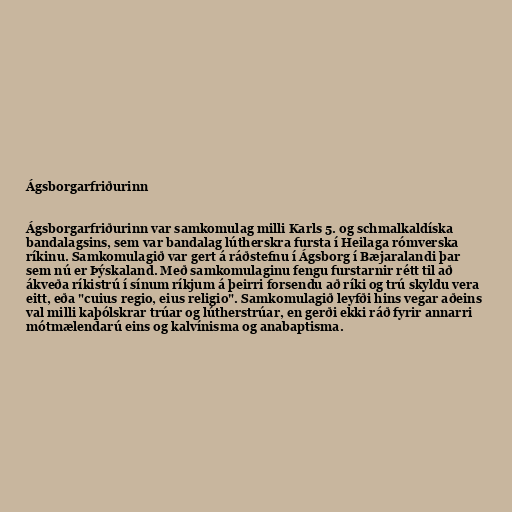
Ágsborgarfriðurinn

Ágsborgarfriðurinn var samkomulag milli Karls 5. og schmalkaldíska
bandalagsins, sem var bandalag lútherskra fursta í Heilaga rómverska
ríkinu. Samkomulagið var gert á ráðstefnu í Ágsborg í Bæjaralandi þar
sem nú er Þýskaland. Með samkomulaginu fengu furstarnir rétt til að
ákveða ríkistrú í sínum ríkjum á þeirri forsendu að ríki og trú skyldu vera
eitt, eða "cuius regio, eius religio". Samkomulagið leyfði hins vegar aðeins
val milli kaþólskrar trúar og lútherstrúar, en gerði ekki ráð fyrir annarri
mótmælendarú eins og kalvínisma og anabaptisma.